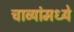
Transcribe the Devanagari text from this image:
चाव्यांमध्ये